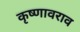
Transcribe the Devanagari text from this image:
कृष्णावराव